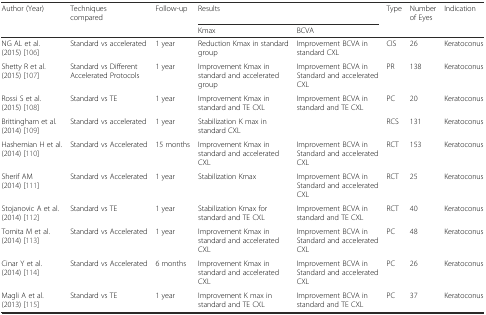
| Author (Year) | Techniques compared | Follow-up | <COLSPAN=2> Results | Type | Number of Eyes | Indication |
 |  |  |  | Kmax | BCVA |  |  |  |
 | --- | --- | --- | --- | --- | --- | --- | --- |
 | NG AL et al. (2015) [106] | Standard vs accelerated | 1 year | Reduction Kmax in standard group | Improvement BCVA in standard CXL | CIS | 26 | Keratoconus |
 | Shetty R et al. (2015) [107] | Standard vs Different Accelerated Protocols | 1 year | Improvement Kmax in standard and accelerated group | Improvement BCVA in Standard and accelerated CXL | PR | 138 | Keratoconus |
 | Rossi S et al. (2015) [108] | Standard vs TE | 1 year | Improvement Kmax in standard and TE CXL | Improvement BCVA in standard and TE CXL | PC | 20 | Keratoconus |
 | Brittingham et al. (2014) [109] | Standard vs accelerated | 1 year | Stabilization K max in standard CXL |  | RCS | 131 | Keratoconus |
 | Hashemian H et al. (2014) [110] | Standard vs Accelerated | 15 months | Improvement Kmax in standard and accelerated CXL | Improvement BCVA in Standard and accelerated CXL | RCT | 153 | Keratoconus |
 | Sherif AM (2014) [111] | Standard vs Accelerated | 1 year | Stabilization Kmax | Improvement BCVA in Standard and accelerated CXL | RCT | 25 | Keratoconus |
 | Stojanovic A et al. (2014) [112] | Standard vs TE | 1 year | Stabilization Kmax for standard and TE CXL | Improvement BCVA in standard and TE CXL | RCT | 40 | Keratoconus |
 | Tomita M et al. (2014) [113] | Standard vs Accelerated | 1 year | Improvement Kmax in standard and accelerated CXL | Improvement BCVA in Standard and accelerated CXL | PC | 48 | Keratoconus |
 | Cinar Y et al. (2014) [114] | Standard vs Accelerated | 6 months | Improvement Kmax in standard and accelerated CXL | Improvement BCVA in Standard and accelerated CXL | PC | 26 | Keratoconus |
 | Magli A et al. (2013) [115] | Standard vs TE | 1 year | Improvement K max in standard and TE CXL | Improvement BCVA in standard and TE CXL | PC | 37 | Keratoconus |